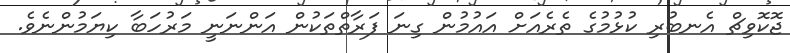
ޖޮކޮވިޗް އެނބުރި ކުޅުމުގެ ތެރެއަށް އައުމުން ގިނަ ފަރާތްތަކުން އަންނަނީ މަރުހަބާ ކިޔަމުންނެވެ.